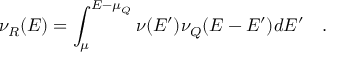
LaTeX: \nu _ { R } ( E ) = \int _ { \mu } ^ { E - \mu _ { Q } } \nu ( E ^ { \prime } ) \nu _ { Q } ( E - E ^ { \prime } ) d E ^ { \prime } ~ ~ ~ .